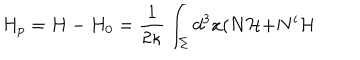
H _ { p } = H - H _ { 0 } = \frac { 1 } { 2 \kappa } \int _ { \Sigma } d ^ { 3 } x ( N { \cal H + } N ^ { i } { \cal H }